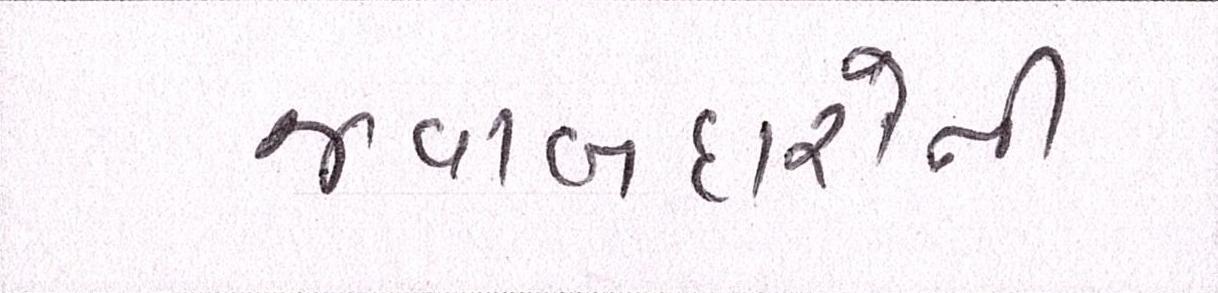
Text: જવાબદારોની